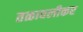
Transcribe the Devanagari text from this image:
तळावलीकर